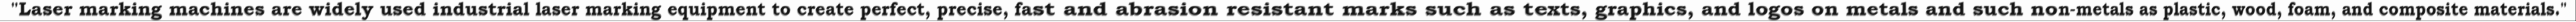
"Laser marking machines are widely used industrial laser marking equipment to create perfect, precise, fast and abrasion resistant marks such as texts, graphics, and logos on metals and such non-metals as plastic, wood, foam, and composite materials."